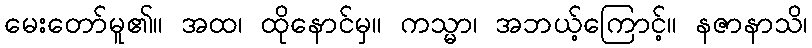
မေးတော်မူ၏။ အထ၊ ထိုနောင်မှ။ ကသ္မာ၊ အဘယ့်ကြောင့်။ နဇာနာသိ၊